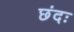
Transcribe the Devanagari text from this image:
छंदः